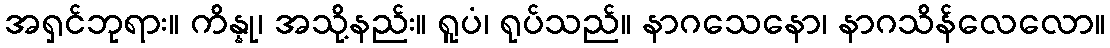
အရှင်ဘုရား။ ကိန္နု၊ အသို့နည်း။ ရူပံ၊ ရုပ်သည်။ နာဂသေနော၊ နာဂသိန်လေလော။